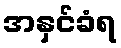
အနှင်ခံရ